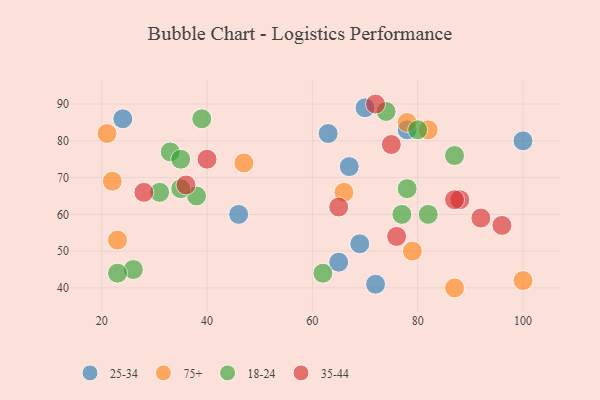
{"axis": {"x": "GDP", "y": "Life Expectancy"}, "legend": ["18-24", "25-34", "35-44", "75+"], "data": [{"x": "46", "y": 60, "type": "25-34"}, {"x": "72", "y": 41, "type": "25-34"}, {"x": "65", "y": 47, "type": "25-34"}, {"x": "69", "y": 52, "type": "25-34"}, {"x": "67", "y": 73, "type": "25-34"}, {"x": "78", "y": 83, "type": "25-34"}, {"x": "100", "y": 80, "type": "25-34"}, {"x": "24", "y": 86, "type": "25-34"}, {"x": "70", "y": 89, "type": "25-34"}, {"x": "63", "y": 82, "type": "25-34"}, {"x": "21", "y": 82, "type": "75+"}, {"x": "22", "y": 69, "type": "75+"}, {"x": "87", "y": 40, "type": "75+"}, {"x": "66", "y": 66, "type": "75+"}, {"x": "79", "y": 50, "type": "75+"}, {"x": "23", "y": 53, "type": "75+"}, {"x": "82", "y": 83, "type": "75+"}, {"x": "78", "y": 85, "type": "75+"}, {"x": "100", "y": 42, "type": "75+"}, {"x": "47", "y": 74, "type": "75+"}, {"x": "33", "y": 77, "type": "18-24"}, {"x": "38", "y": 65, "type": "18-24"}, {"x": "31", "y": 66, "type": "18-24"}, {"x": "26", "y": 45, "type": "18-24"}, {"x": "78", "y": 67, "type": "18-24"}, {"x": "87", "y": 76, "type": "18-24"}, {"x": "23", "y": 44, "type": "18-24"}, {"x": "62", "y": 44, "type": "18-24"}, {"x": "74", "y": 88, "type": "18-24"}, {"x": "39", "y": 86, "type": "18-24"}, {"x": "82", "y": 60, "type": "18-24"}, {"x": "80", "y": 83, "type": "18-24"}, {"x": "35", "y": 67, "type": "18-24"}, {"x": "77", "y": 60, "type": "18-24"}, {"x": "35", "y": 75, "type": "18-24"}, {"x": "75", "y": 79, "type": "35-44"}, {"x": "92", "y": 59, "type": "35-44"}, {"x": "40", "y": 75, "type": "35-44"}, {"x": "88", "y": 64, "type": "35-44"}, {"x": "96", "y": 57, "type": "35-44"}, {"x": "28", "y": 66, "type": "35-44"}, {"x": "76", "y": 54, "type": "35-44"}, {"x": "87", "y": 64, "type": "35-44"}, {"x": "65", "y": 62, "type": "35-44"}, {"x": "36", "y": 68, "type": "35-44"}, {"x": "72", "y": 90, "type": "35-44"}]}